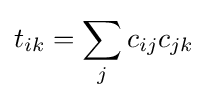
t_{ik}=\sum _{j}c_{ij}c_{jk}